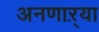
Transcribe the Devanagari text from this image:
अनणाऱ्या